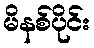
မိနစ်ပိုင်း